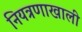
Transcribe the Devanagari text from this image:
नियत्रणाखाली